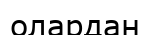
олардан